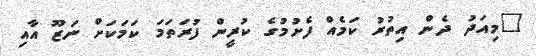
"މިއަދު ދެން އިތުރު ކަމެއް ފެށުމުގެ ކުރީން ފުރަތަމަ ކަމަކަށް ނަޒޫ އާއި